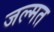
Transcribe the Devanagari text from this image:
जल्मत